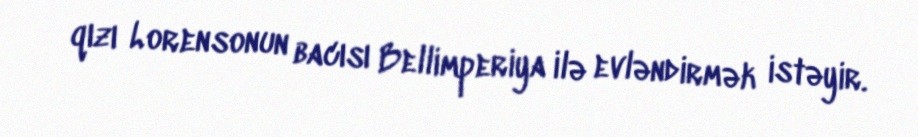
qızı Lorensonun bacısı Bellimperiya ilə evləndirmək istəyir.